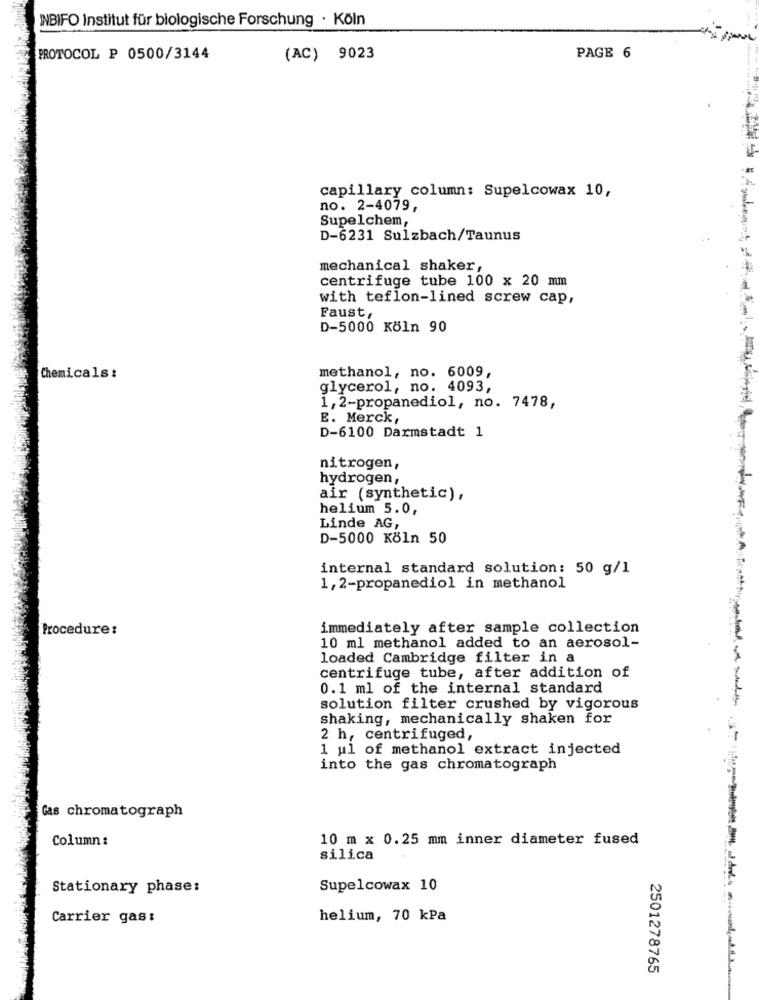
INBIFO Institut für biologische Forschung · Köln
PAGE 6
PROTOCOL P 0500/3144
(AC) 9023
capillary column: Supelcowax 10,
no. 2-4079,
Supelchem,
D-6231 Sulzbach/Taunus
mechanical shaker,
centrifuge tube 100 x 20 mm
with teflon-lined screw cap,
Faust,
D-5000 Köln 90
methanol, no. 6009,
Chemicals :
glycerol, no. 4093,
1, 2-propanediol, no. 7478,
E. Merck,
D-6100 Darmstadt 1
nitrogen,
hydrogen,
air (synthetic),
helium 5.0,
Linde AG,
D-5000 Köln 50
internal standard solution: 50 g/1
1,2-propanediol in methanol
Procedure:
immediately after sample collection
10 ml methanol added to an aerosol-
loaded Cambridge filter in a
centrifuge tube, after addition of
0.1 ml of the internal standard
solution filter crushed by vigorous
shaking, mechanically shaken for
2 h, centrifuged,
1 ul of methanol extract injected
into the gas chromatograph
Gas chromatograph
Column :
10 m x 0.25 mm inner diameter fused
silica
Stationary phase:
Supelcowax 10
Carrier gas :
helium, 70 kPa
2501278765